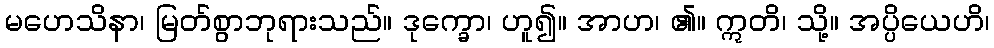
မဟေသိနာ၊ မြတ်စွာဘုရားသည်။ ဒုက္ခော၊ ဟူ၍။ အာဟ၊ ၏။ ဣတိ၊ သို့။ အပ္ပိယေဟိ၊